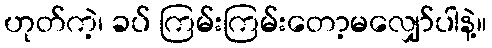
ဟုတ်ကဲ့၊ ခပ် ကြမ်းကြမ်းတော့မလျှော်ပါနဲ့။